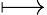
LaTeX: \longmapsto